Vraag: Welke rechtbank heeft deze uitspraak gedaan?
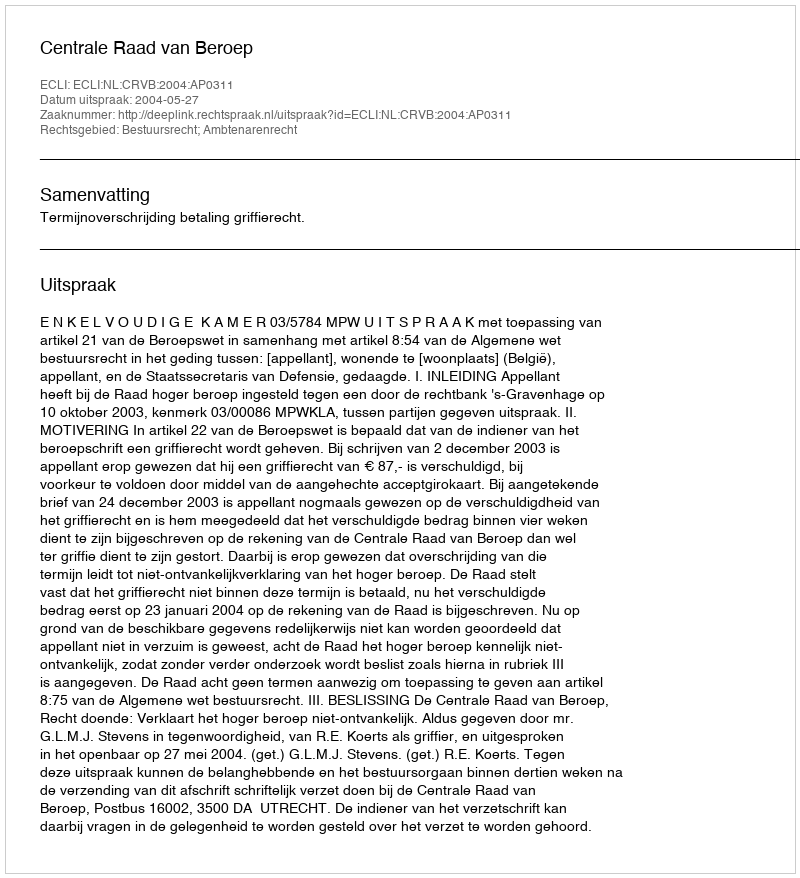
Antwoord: Centrale Raad van Beroep